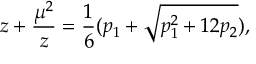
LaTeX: z + { \frac { \mu ^ { 2 } } { z } } = { \frac { 1 } { 6 } } ( p _ { 1 } + \sqrt { p _ { 1 } ^ { 2 } + 1 2 p _ { 2 } } ) ,